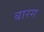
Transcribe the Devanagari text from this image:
बारग